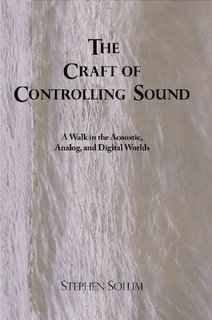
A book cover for The Craft of Controlling Sound: A Walk in the Acoustic, Analog, and Digital Worlds; Stephen Solum; Crafts, Hobbies & Home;